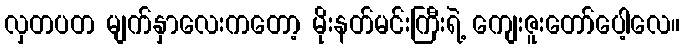
လှတပတ မျက်နှာလေးကတော့ မိုးနတ်မင်းကြီးရဲ့ ကျေးဇူးတော်ပေါ့လေ။